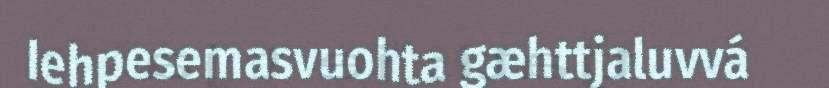
Iehpesemasvuohta gæhttjaluvvá